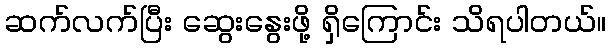
ဆက်လက်ပြီး ဆွေးနွေးဖို့ ရှိကြောင်း သိရပါတယ်။